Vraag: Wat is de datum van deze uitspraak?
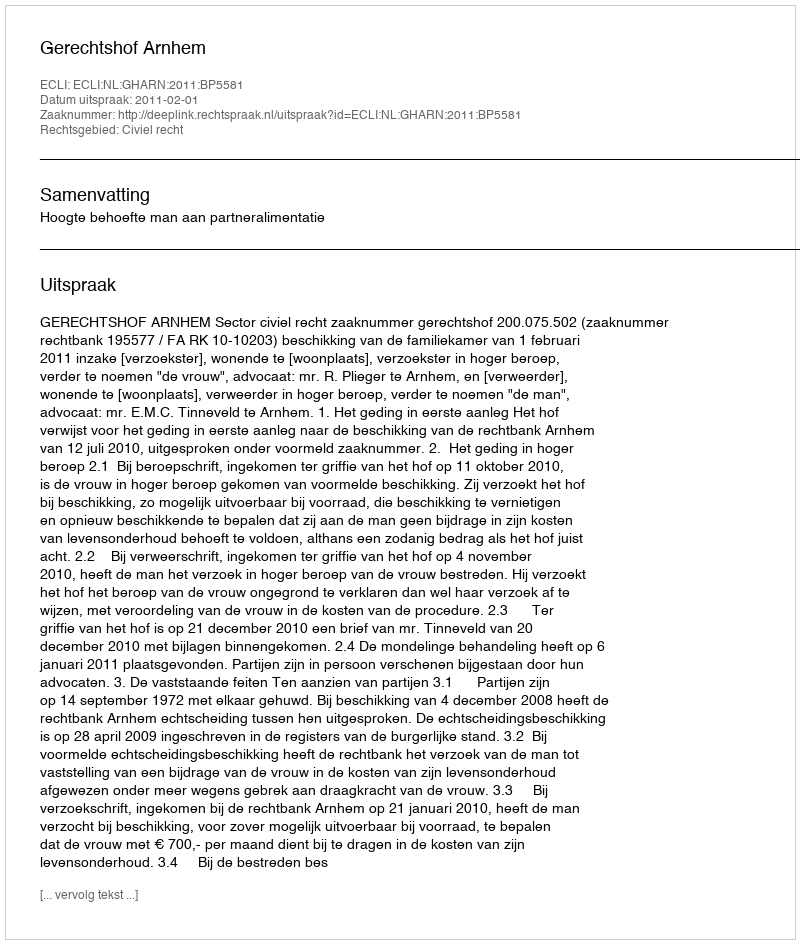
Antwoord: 2011-02-01